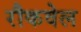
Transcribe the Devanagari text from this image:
रौकवेल